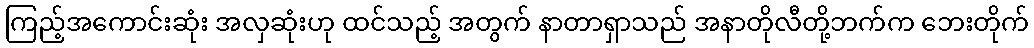
ကြည့်အကောင်းဆုံး အလှဆုံးဟု ထင်သည့် အတွက် နာတာရှာသည် အနာတိုလီတို့ဘက်က ဘေးတိုက်